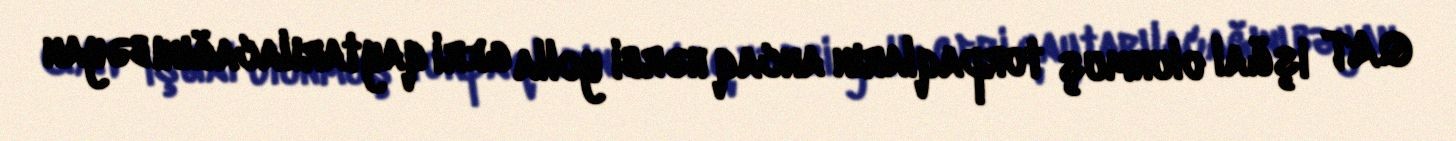
QAT işğal olunmuş torpaqların ancaq hərbi yolla geri qaytarılacağını bəyan